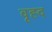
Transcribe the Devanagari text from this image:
वृह्द